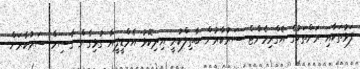
ފަޅުތަކާއި ރަށްތަކުގެ އެގްރިމެންޓް ސަރުކާރުން ބާތިލްކުރީ އިދިކޮޅު އެމްޑީޕީއާ ގުޅިގެން ގާސިމް ސަރުކާރަށް